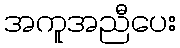
အကူအညီပေး